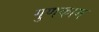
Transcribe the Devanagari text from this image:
गुणकाम